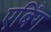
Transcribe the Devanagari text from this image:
एबिंग